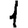
Digit: 1